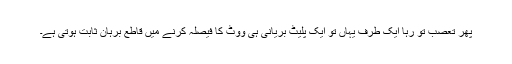
پھر تعصب تو رہا ایک طرف یہاں تو ایک پلیٹ بریانی ہی ووٹ کا فیصلہ کرنے میں قاطع بُرہان ثابت ہوتی ہے۔